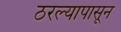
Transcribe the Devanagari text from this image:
ठरल्यापासून